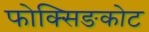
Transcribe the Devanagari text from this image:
फोक्सिङकोट